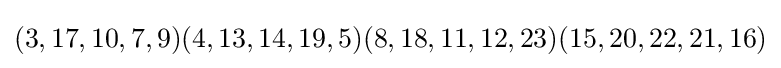
(3,17,10,7,9)(4,13,14,19,5)(8,18,11,12,23)(15,20,22,21,16)